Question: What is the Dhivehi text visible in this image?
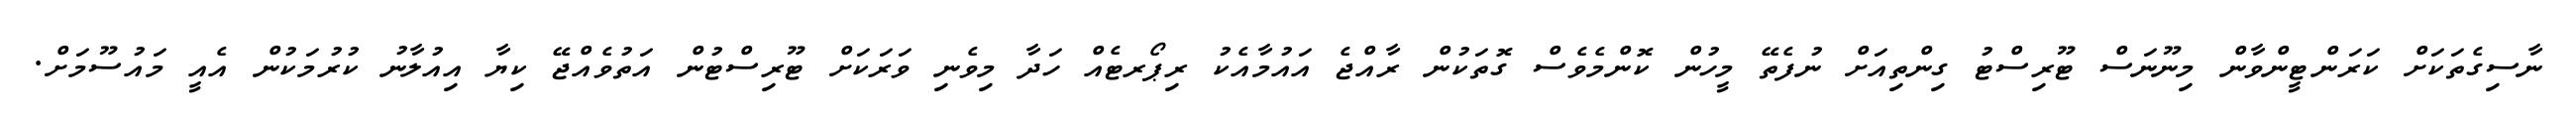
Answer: ނާސިގެތަކަށް ކަރަންޓީންވާން މިނޫނަސް ޓޫރިސްޓު ގިންތިއަށް ނުފެތޭ މީހުން ކޮންމެވެސް ގޮތަކުން ރާއްޖެ އައުމާއެކު ރިޕޯރޓެއް ހަދާ މިވެނި ވަރަކަށް ޓޫރިސްޓުން އަތުވެއްޖޭ ކިޔާ އިއުލާނު ކުރުމަކުން އެއީ މައުސޫމަށް.